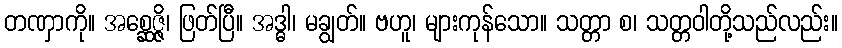
တဏှာကို။ အစ္ဆေဇ္ဇိ၊ ဖြတ်ပြီ။ အဒ္ဓါ၊ မချွတ်။ ဗဟူ၊ များကုန်သော။ သတ္တာ စ၊ သတ္တဝါတို့သည်လည်း။